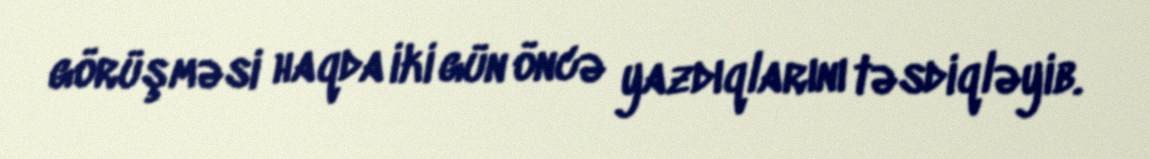
görüşməsi haqda iki gün öncə yazdıqlarını təsdiqləyib.